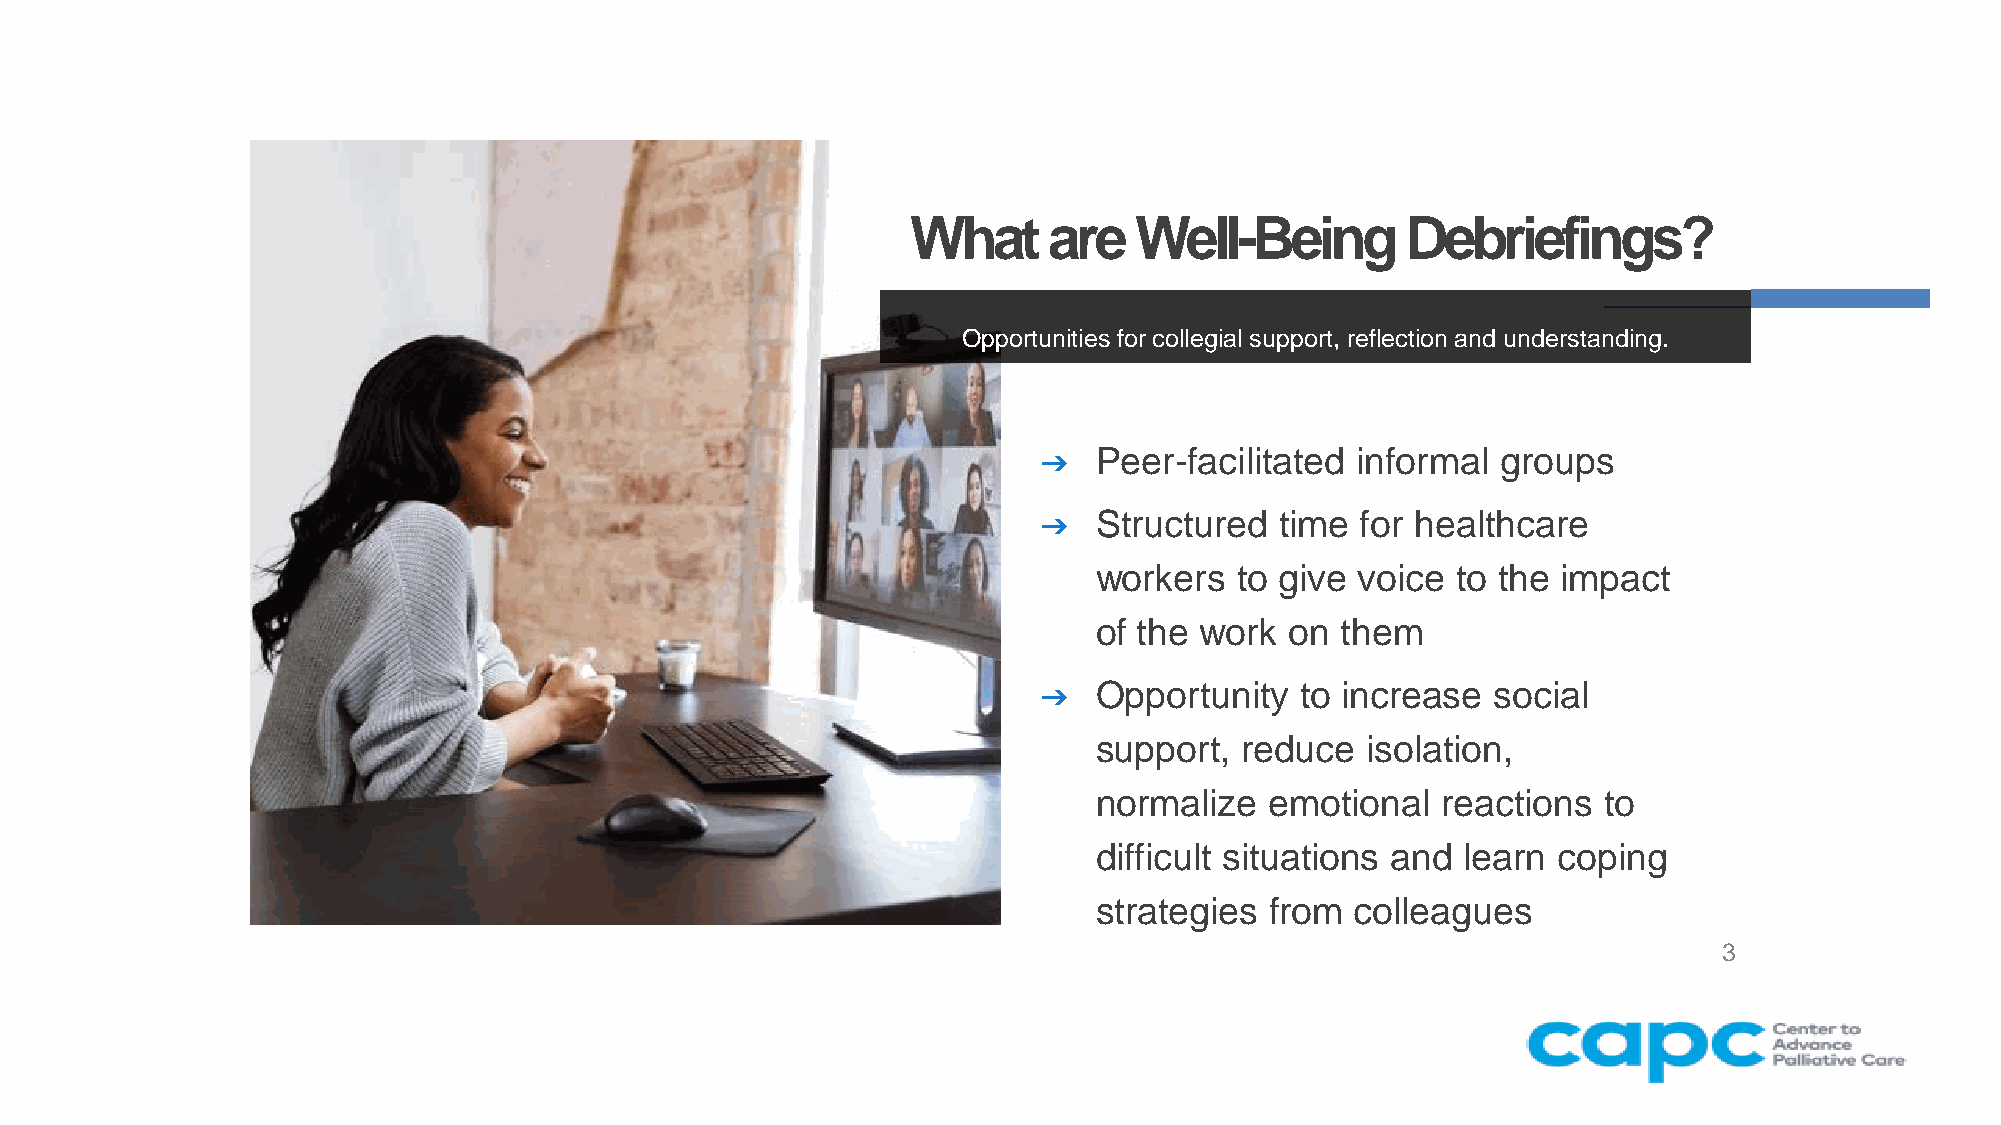
What     are   Well-Being        Debriefings?
 Opportunities for collegial support, reflection and understanding.
 ➔  Peer-facilitated  informal groups
 ➔  Structured   time for healthcare
 workers   to give voice to the impact
 of the work  on  them
 ➔  Opportunity   to increase  social
 support,  reduce  isolation,
 normalize   emotional  reactions  to
 difficult situations and learn coping
 strategies  from  colleagues
 3